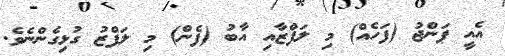
އެއީ ޕަންޖު (ފަހެއް) މި ލަފްޒާއި އާބު (ފެން) މި ލަފްޒު ގުޅިގެންނެވެ.